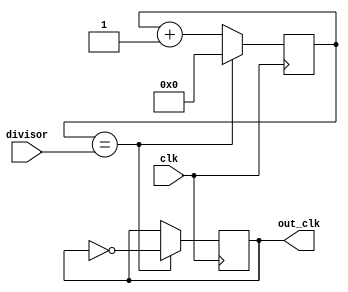
module clock_divider(
    input clk,
    input [7:0] divisor,
    output reg out_clk
);

reg [7:0] count;

always @(posedge clk) begin
    if(count == divisor) begin
        out_clk <= ~out_clk;
        count <= 0;
    end else begin
        count <= count + 1;
    end
end

endmodule